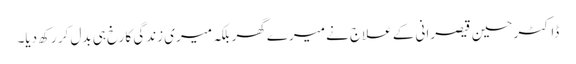
ڈاکٹر حسین قیصرانی کے علاج نے میرے گھر بلکہ میری زندگی کا رخ ہی بدل کر رکھ دیا۔